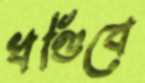
খণ্ডিবে